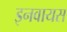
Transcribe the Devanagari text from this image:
इनवायस